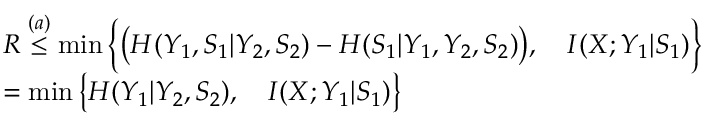
\begin{array} { r l } & { R \overset { ( a ) } { \leq } \operatorname* { m i n } \Big \{ \big ( H ( Y _ { 1 } , S _ { 1 } | Y _ { 2 } , S _ { 2 } ) - H ( S _ { 1 } | Y _ { 1 } , Y _ { 2 } , S _ { 2 } ) \big ) , \quad I ( X ; Y _ { 1 } | S _ { 1 } ) \Big \} } \\ & { = \operatorname* { m i n } \big \{ H ( Y _ { 1 } | Y _ { 2 } , S _ { 2 } ) , \quad I ( X ; Y _ { 1 } | S _ { 1 } ) \big \} } \end{array}